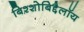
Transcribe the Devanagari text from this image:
बिश्शोबिद्दैलॉय